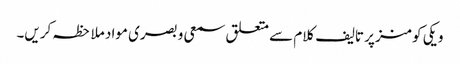
ویکی کومنز پر تالیف کلام سے متعلق سمعی و بصری مواد ملاحظہ کریں۔